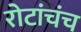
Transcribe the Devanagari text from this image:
रोटांचंच